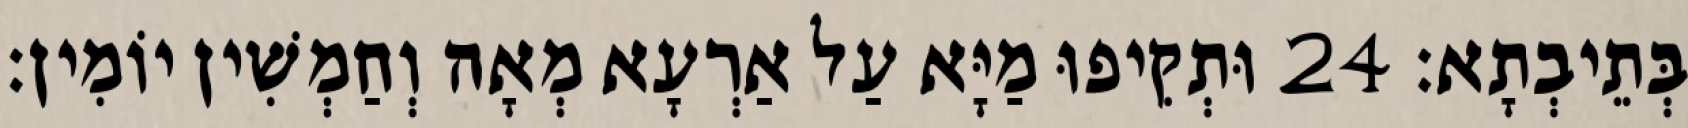
בְּתֵיבְתָא׃ 24 וּתְקִיפוּ מַיָּא עַל אַרְעָא מְאָה וְחַמְשִׁין יוֹמִין׃